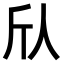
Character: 𫢍